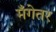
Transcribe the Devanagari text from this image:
मँगेतर